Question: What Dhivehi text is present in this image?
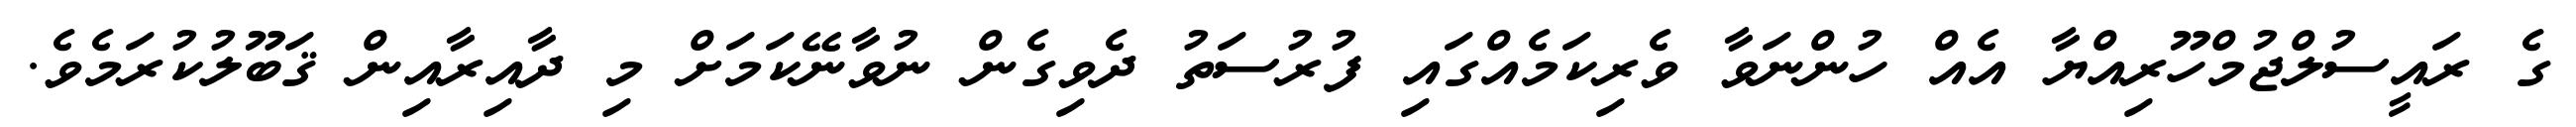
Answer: ގެ ރައީސުލްޖުމްހޫރިއްޔާ އެއް ހުންނަވާ ވެރިކަމެއްގައި ފުރުސަތު ދެވިގެން ނުވާނޭކަމަށް މި ދާއިރާއިން ޤަބޫލުކުރަމެވެ.